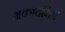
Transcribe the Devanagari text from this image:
अकादमिए